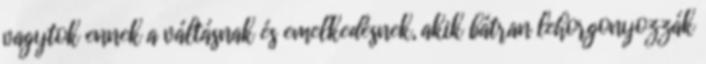
vagytok ennek a váltásnak és emelkedésnek, akik bátran lehorgonyozzák